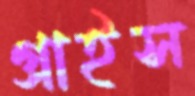
গ্রাইস